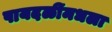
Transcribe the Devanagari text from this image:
पायदळींमधला